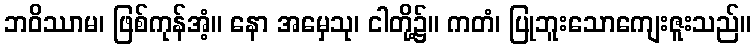
ဘဝိဿာမ၊ ဖြစ်ကုန်အံ့။ နော အမှေသု၊ ငါတို့၌။ ကတံ၊ ပြုဘူးသောကျေးဇူးသည်။